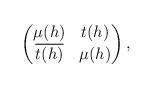
LaTeX: \begin{align*}\begin{pmatrix}\mu (h) &t(h)\\ \overline{t(h)} &\mu (h)\end{pmatrix},\end{align*}